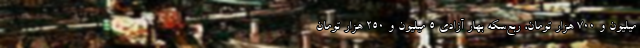
میلیون و ۷۰۰ هزار تومان، ربع‌سکه بهار آزادی ۵ میلیون و ۲۵۰ هزار تومان